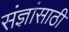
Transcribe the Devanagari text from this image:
संज्ञांसाठी